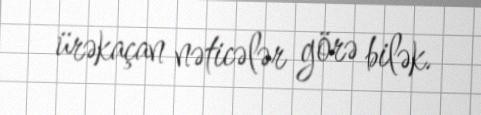
ürəkaçan nəticələr görə bilək.